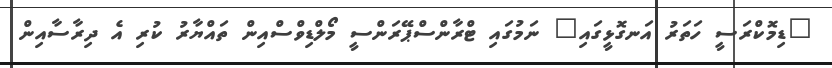
"ޑިމޮކްރަސީ ހަތަރު އަނގޮޅީގައި" ނަމުގައި ޓްރާންސްޕޭރަންސީ މޯލްޑިވްސްއިން ތައްޔާރު ކުރި އެ ދިރާސާއިން